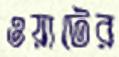
ওয়াটের